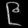
Digit: ၉